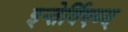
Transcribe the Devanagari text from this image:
इन्तेर्विएव्स्